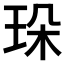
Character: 𤤸